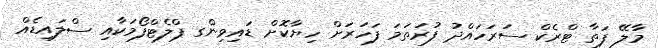
މާލޭ ފަތާ ޓްރެކް ސަރަހައްދު ފުރަތަމަ ފަހަރަށް ހިޔާކޮށް ޑައިވިންގ ޕްލެޓްފޯމަކާއި ސްލައިޑެއް